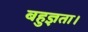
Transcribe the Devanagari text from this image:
बहुज्ञता।